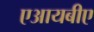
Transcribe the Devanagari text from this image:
एआयबीए